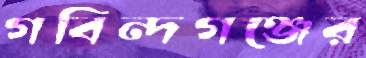
গবিন্দগঞ্জের